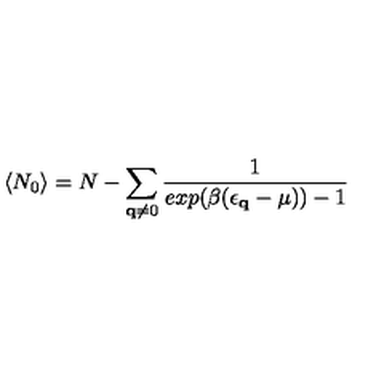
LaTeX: \langle N _ { 0 } \rangle = N - \sum _ { { \bf { q } } \neq 0 } \frac { 1 } { e x p ( \beta ( \epsilon _ { { \bf { q } } } - \mu ) ) - 1 }